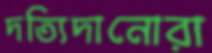
দত্যিদানোরা